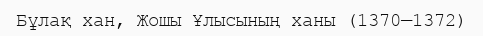
Бұлақ хан, Жошы Ұлысының ханы (1370—1372)